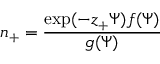
n _ { + } = \frac { \exp ( - z _ { + } \Psi ) f ( \Psi ) } { g ( \Psi ) }